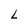
Character: L